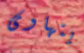
يتهاوى